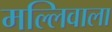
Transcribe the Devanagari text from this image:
मल्लिवाला